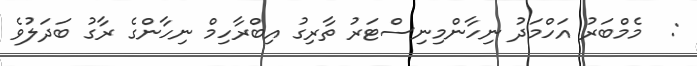
:  މެމްބަރު އަހްމަދު ނިހާންމިނިސްޓަރު ތާރިގު އިބްރާހިމް ނިހާންގެ ރާގު ބަދަލުވެ